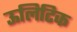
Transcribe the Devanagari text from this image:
ऊलिटिक